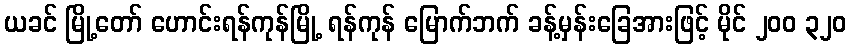
ယခင် မြို့တော် ဟောင်းရန်ကုန်မြို့ ရန်ကုန် မြောက်ဘက် ခန့်မှန်းခြေအားဖြင့် မိုင် ၂၀၀ ၃၂၀